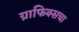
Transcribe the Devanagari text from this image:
ग्राफिक्सचा